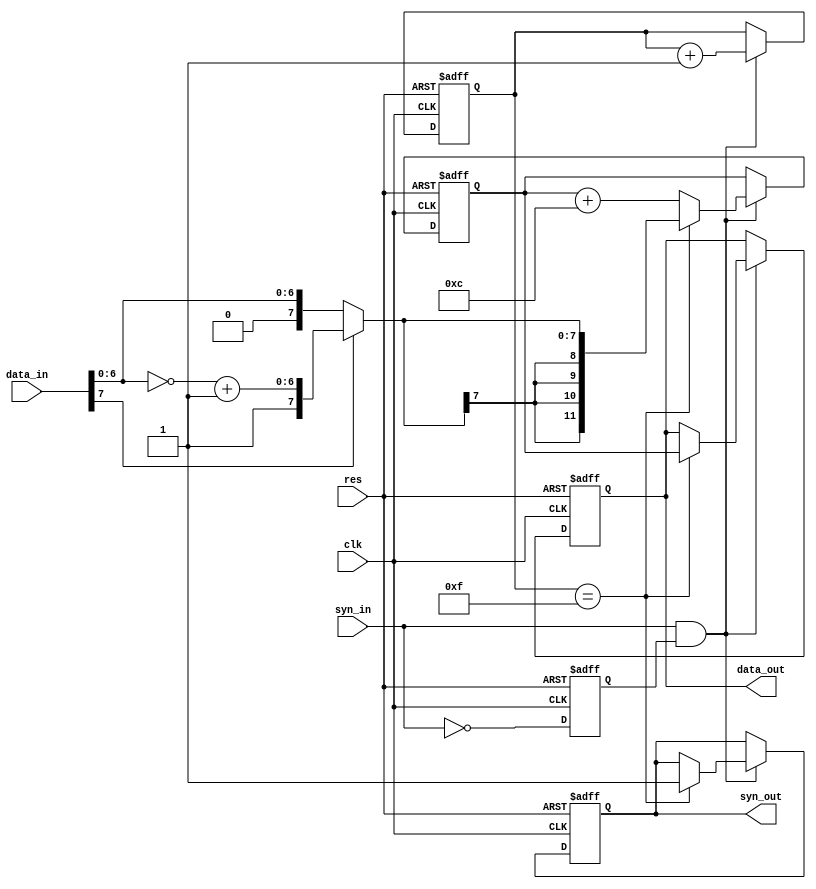
module sigma_16p (input clk,
                  input res,
                  input[7:0] data_in,    //采样信号
                  input syn_in,          //采样时钟
                  output[11:0] data_out, //累加结果输出
                  output syn_out);
    
    reg syn_in_n1;//syn_in的反向延时
    wire syn_pulse;//采样时钟上升沿识别脉冲
    assign syn_pulse = syn_in&syn_in_n1;
    reg [3:0] con_syn;//采样时钟循环计数器
    
    wire [7:0] comp_8;//补码
    wire [11:0] d_12;//升位结果;
    wire [7:0] comp_8_temp;
    assign comp_8_temp[6:0] = ~data_in[6:0]+1;
    //计算补码
    assign comp_8 = data_in[7]?{data_in[7],comp_8_temp[6:0]}:data_in;
    //升位
    assign d_12 = {comp_8[7], comp_8[7], comp_8[7], comp_8[7], comp_8};
    
    reg[11:0] sigma;//累加运算寄存器
    reg [11:0] data_out;
    reg syn_out;
    
    always @(posedge clk or negedge res) begin
        if (~res) begin
            syn_in_n1 <= 0;
            con_syn   <= 0;
            sigma     <= 0;
            data_out  <= 0;
            syn_out   <= 1;
        end
        else begin
            syn_in_n1 <= ~syn_in;
            if (syn_pulse) begin
                con_syn <= con_syn +1;
            end
                if (syn_pulse) begin
                    if (con_syn == 15) begin
                        sigma    <= d_12;
                        data_out <= sigma;
                        syn_out  <= 1;
                    end
                    else
                    begin
                        sigma <= sigma+12;
                    end
                end
            end
    end
endmodule